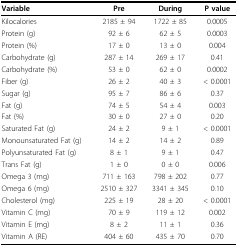
<table><thead><tr><td><b>Variable</b></td><td><b>Pre</b></td><td><b>During</b></td><td><b>P value</b></td></tr></thead><tbody><tr><td>Kilocalories</td><td>2185 ± 94</td><td>1722 ± 85</td><td>0.0005</td></tr><tr><td>Protein (g)</td><td>92 ± 6</td><td>62 ± 5</td><td>0.0003</td></tr><tr><td>Protein (%)</td><td>17 ± 0</td><td>13 ± 0</td><td>0.004</td></tr><tr><td>Carbohydrate (g)</td><td>287 ± 14</td><td>269 ± 17</td><td>0.41</td></tr><tr><td>Carbohydrate (%)</td><td>53 ± 0</td><td>62 ± 0</td><td>0.0002</td></tr><tr><td>Fiber (g)</td><td>26 ± 2</td><td>40 ± 3</td><td>&lt; 0.0001</td></tr><tr><td>Sugar (g)</td><td>95 ± 7</td><td>86 ± 6</td><td>0.37</td></tr><tr><td>Fat (g)</td><td>74 ± 5</td><td>54 ± 4</td><td>0.003</td></tr><tr><td>Fat (%)</td><td>30 ± 0</td><td>27 ± 0</td><td>0.20</td></tr><tr><td>Saturated Fat (g)</td><td>24 ± 2</td><td>9 ± 1</td><td>&lt; 0.0001</td></tr><tr><td>Monounsaturated Fat (g)</td><td>14 ± 2</td><td>14 ± 2</td><td>0.89</td></tr><tr><td>Polyunsaturated Fat (g)</td><td>8 ± 1</td><td>9 ± 1</td><td>0.47</td></tr><tr><td>Trans Fat (g)</td><td>1 ± 0</td><td>0 ± 0</td><td>0.006</td></tr><tr><td>Omega 3 (mg)</td><td>711 ± 163</td><td>798 ± 202</td><td>0.77</td></tr><tr><td>Omega 6 (mg)</td><td>2510 ± 327</td><td>3341 ± 345</td><td>0.10</td></tr><tr><td>Cholesterol (mg)</td><td>225 ± 19</td><td>28 ± 20</td><td>&lt; 0.0001</td></tr><tr><td>Vitamin C (mg)</td><td>70 ± 9</td><td>119 ± 12</td><td>0.002</td></tr><tr><td>Vitamin E (mg)</td><td>8 ± 2</td><td>11 ± 1</td><td>0.36</td></tr><tr><td>Vitamin A (RE)</td><td>404 ± 60</td><td>435 ± 70</td><td>0.70</td></tr></tbody></table>